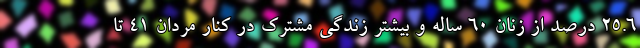
۲۵.۶ درصد از زنان ۶۰ ساله و بیشتر زندگی مشترک در کنار مردان ۴۱ تا